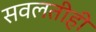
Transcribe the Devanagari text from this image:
सवलतीही